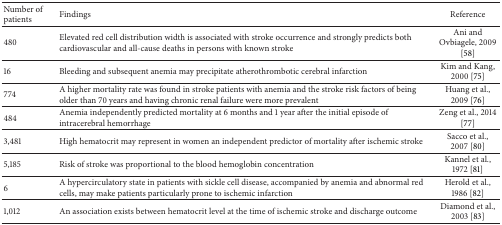
<table><thead><tr><td><b>Number of patients</b></td><td><b>Findings</b></td><td><b>Reference</b></td></tr></thead><tbody><tr><td>480</td><td>Elevated red cell distribution width is associated with stroke occurrence and strongly predicts both cardiovascular and all-cause deaths in persons with known stroke</td><td>Ani and Ovbiagele, 2009 [58]</td></tr><tr><td>16</td><td>Bleeding and subsequent anemia may precipitate atherothrombotic cerebral infarction</td><td>Kim and Kang, 2000 [75]</td></tr><tr><td>774</td><td>A higher mortality rate was found in stroke patients with anemia and the stroke risk factors of being older than 70 years and having chronic renal failure were more prevalent</td><td>Huang et al., 2009 [76]</td></tr><tr><td>484</td><td>Anemia independently predicted mortality at 6 months and 1 year after the initial episode of intracerebral hemorrhage</td><td>Zeng et al., 2014 [77]</td></tr><tr><td>3,481</td><td>High hematocrit may represent in women an independent predictor of mortality after ischemic stroke</td><td>Sacco et al., 2007 [80]</td></tr><tr><td>5,185</td><td>Risk of stroke was proportional to the blood hemoglobin concentration</td><td>Kannel et al., 1972 [81]</td></tr><tr><td>6</td><td>A hypercirculatory state in patients with sickle cell disease, accompanied by anemia and abnormal red cells, may make patients particularly prone to ischemic infarction</td><td>Herold et al., 1986 [82]</td></tr><tr><td>1,012</td><td>An association exists between hematocrit level at the time of ischemic stroke and discharge outcome</td><td>Diamond et al., 2003 [83]</td></tr></tbody></table>